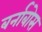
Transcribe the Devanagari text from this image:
बर्नाबोस